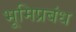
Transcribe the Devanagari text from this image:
भूमिप्रबंध